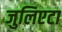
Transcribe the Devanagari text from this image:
जुलिएटा